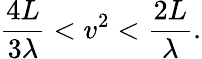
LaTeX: \frac{4L}{3\lambda}<v^{2}<\frac{2L}\lambda.